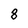
Character: 8